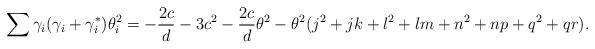
LaTeX: \begin{align*}\sum{\gamma_i(\gamma_i + \gamma_i^*)\theta_i^2} = -\frac{2c}{d} - 3c^2 - \frac{2c}{d}\theta^2 - \theta^2 (j^2 + jk + l^2 + lm + n^2 + np + q^2 + qr). \end{align*}